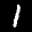
Label: 1